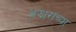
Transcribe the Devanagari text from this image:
अझाराच्या